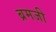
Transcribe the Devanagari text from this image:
ब्रमजी